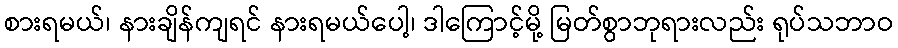
စားရမယ်၊ နားချိန်ကျရင် နားရမယ်ပေါ့၊ ဒါကြောင့်မို့ မြတ်စွာဘုရားလည်း ရုပ်သဘာဝ